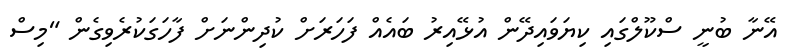
އޭނާ ބުނީ ސްކޫލްގައި ކިޔަވައިދޭން އުޅޭއިރު ބައެއް ފަހަރަށް ކުދިންނަށް ފާހަގަކުރެވިގެން "މިސް